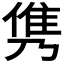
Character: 𮥸